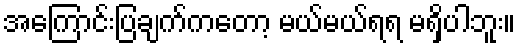
အကြောင်းပြချက်ကတော့ မယ်မယ်ရရ မရှိပါဘူး။